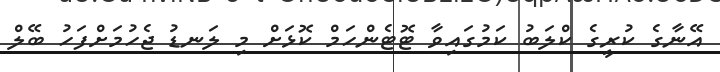
އޭނާގެ ކުރީގެ ކްލަބު ކަމުގައިވާ ޓޮޓެންހަމް ކޮޅަށް މި ލަނޑު ޖެހުމަށްފަހު ބޭލް